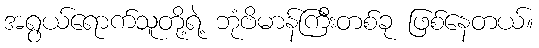
အရွယ်ရောက်သူတို့ရဲ့ ဘုံဗိမာန်ကြီးတစ်ခု ဖြစ်နေတယ်။